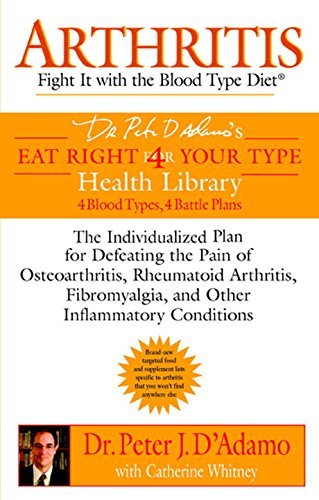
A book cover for Arthritis: Fight it with the Blood Type Diet (Eat Right 4 (for) Your Type Health Library) by Peter D'Adamo (24-Mar-2006) Paperback; Peter D'Adamo; Health, Fitness & Dieting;